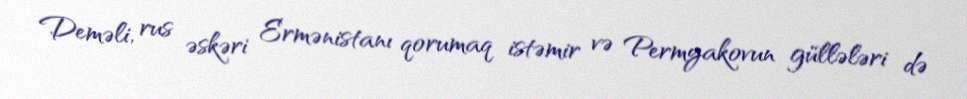
Deməli, rus əskəri Ermənistanı qorumaq istəmir və Permyakovun güllələri də